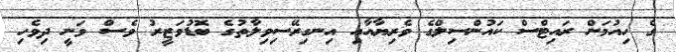
ގެ ހިއުމަން ރައިޓްސް ކައުންސިލްގެ ވެރިޔާއާއި އިނގިރޭސިވިލާތުގެ ބޮޑުވަޒީރު ވެސް ވަނީ ދިވެހި